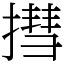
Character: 㨹